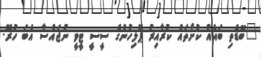
"ބޮޑެތި ބައެއް ކުށްތައް ކުރާއިރު ޕޮލިހުންގެ ސީސީ ޓީވީ ނުޖައްސާ އެބަ ހުރޭ.